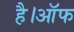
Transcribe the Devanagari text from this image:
है।ऑफ